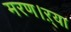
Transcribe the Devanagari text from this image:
मरण।ऱ्या